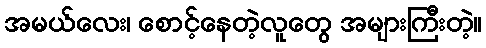
အမယ်လေး၊ စောင့်နေတဲ့လူတွေ အများကြီးတဲ့။